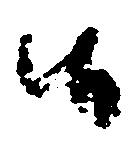
候